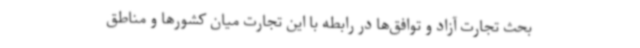
بحث تجارت آزاد و توافق‌ها در رابطه با این تجارت میان کشورها و مناطق